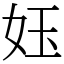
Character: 𡛼